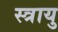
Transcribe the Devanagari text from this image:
स्त्रायु